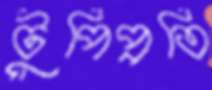
টুপিপ্রতি